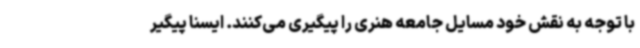
با توجه به نقش خود مسایل جامعه هنری را پیگیری می‌کنند. ایسنا پیگیر